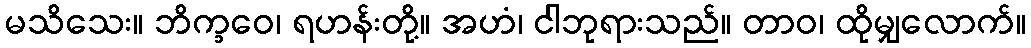
မသိသေး။ ဘိက္ခဝေ၊ ရဟန်းတို့။ အဟံ၊ ငါဘုရားသည်။ တာဝ၊ ထိုမျှလောက်။